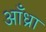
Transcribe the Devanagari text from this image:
आँध्रा